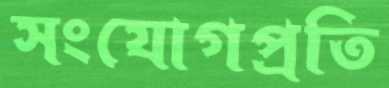
সংযোগপ্রতি